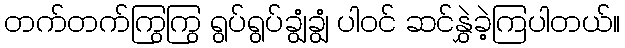
တက်တက်ကြွကြွ ရွပ်ရွပ်ချွံချွံ ပါဝင် ဆင်နွှဲခဲ့ကြပါတယ်။